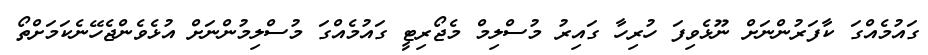
ގައުމެއްގަ ކާފަރުންނަށް ނޫޅެވިފަ ހުރިހާ ގައިރު މުސްލިމް މެޖޯރިޓީ ގައުމެއްގަ މުސްލިމުންނަށް އުޅެވެންޖެހޭނެކަމަށްތޯ